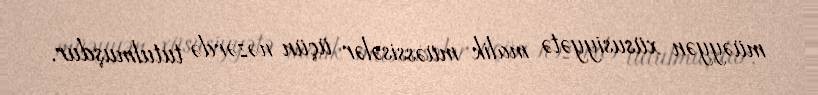
müəyyən xüsusiyyətə malik müəssisələr üçün nəzərdə tutulmuşdur.